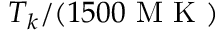
T _ { k } / ( 1 5 0 0 { \mathrm { ~ M ~ K ~ } } )